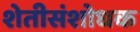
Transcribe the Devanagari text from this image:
शेतीसंशोधक